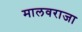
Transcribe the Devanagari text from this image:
मालवराजा